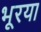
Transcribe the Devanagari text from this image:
भूरया